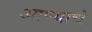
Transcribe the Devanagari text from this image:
आण्याचे